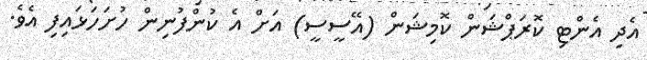
އެދި އެންޓި ކޮރަޕްޝަން ކޮމިޝަން (އޭސީސީ) އަށް އެ ކުންފުނިން ހުށަހަޅައިފި އެވެ.